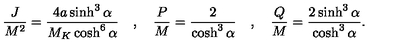
{ \frac { J } { M ^ { 2 } } } = { \frac { 4 a \sinh ^ { 3 } \alpha } { M _ { K } \cosh ^ { 6 } \alpha } } \quad , \quad { \frac { P } { M } } = { \frac { 2 } { \cosh ^ { 3 } \alpha } } \quad , \quad { \frac { Q } { M } } = { \frac { 2 \sinh ^ { 3 } \alpha } { \cosh ^ { 3 } \alpha } } .